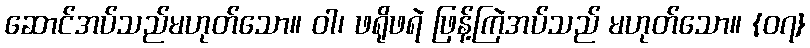
ဆောင်အပ်သည်မဟုတ်သော။ ဝါ၊ ဖရိုဖရဲ ဖြန့်ကြဲအပ်သည် မဟုတ်သော။ {၀၇}